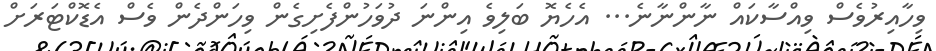
ވިހާއިރުވެސް ވިއްސާކައް ނާންނާނެ... އެހެޔޮ ބަލިވެ އިންނަ ދުވަހުންފެށިގެން ވިހަންދެން ވެސް އެޑޮކްޓަރަށް